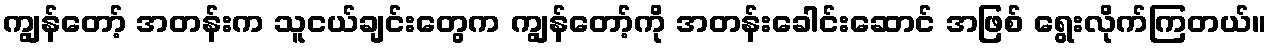
ကျွန်တော့် အတန်းက သူငယ်ချင်းတွေက ကျွန်တော့်ကို အတန်းခေါင်းဆောင် အဖြစ် ရွေးလိုက်ကြတယ်။